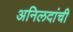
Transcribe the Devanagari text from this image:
अनिलदांची